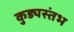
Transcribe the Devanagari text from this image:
कुड्यस्तंभ